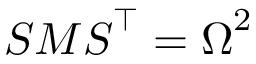
\boldsymbol { S } \boldsymbol { M } \boldsymbol { S } ^ { \intercal } = \boldsymbol { \Omega } ^ { 2 }